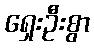
ရှေးဦးစွာ